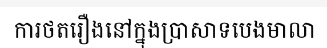
ការថតរឿងនៅក្នុងប្រាសាទបេងមាលា